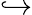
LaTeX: \hookrightarrow